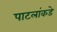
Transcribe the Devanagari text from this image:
पाटलांकडे